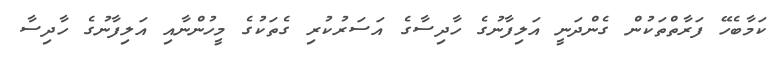
ކަމާބެހޭ ފަރާތްތަކުން ގެންދަނީ އަލިފާނުގެ ހާދިސާގެ އަސަރުކުރި ގެތަކުގެ މީހުންނާއި އަލިފާނުގެ ހާދިސާ